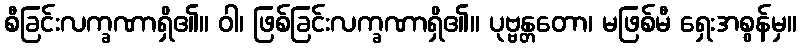
စီခြင်းလက္ခဏာရှိ၏။ ဝါ၊ ဖြစ်ခြင်းလက္ခဏာရှိ၏။ ပုဗ္ဗန္တတော၊ မဖြစ်မီ ရှေးအစွန်မှ။